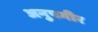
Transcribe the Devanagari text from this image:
अनुपगीर